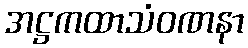
အဋ္ဌကထာသံဝဏနာ